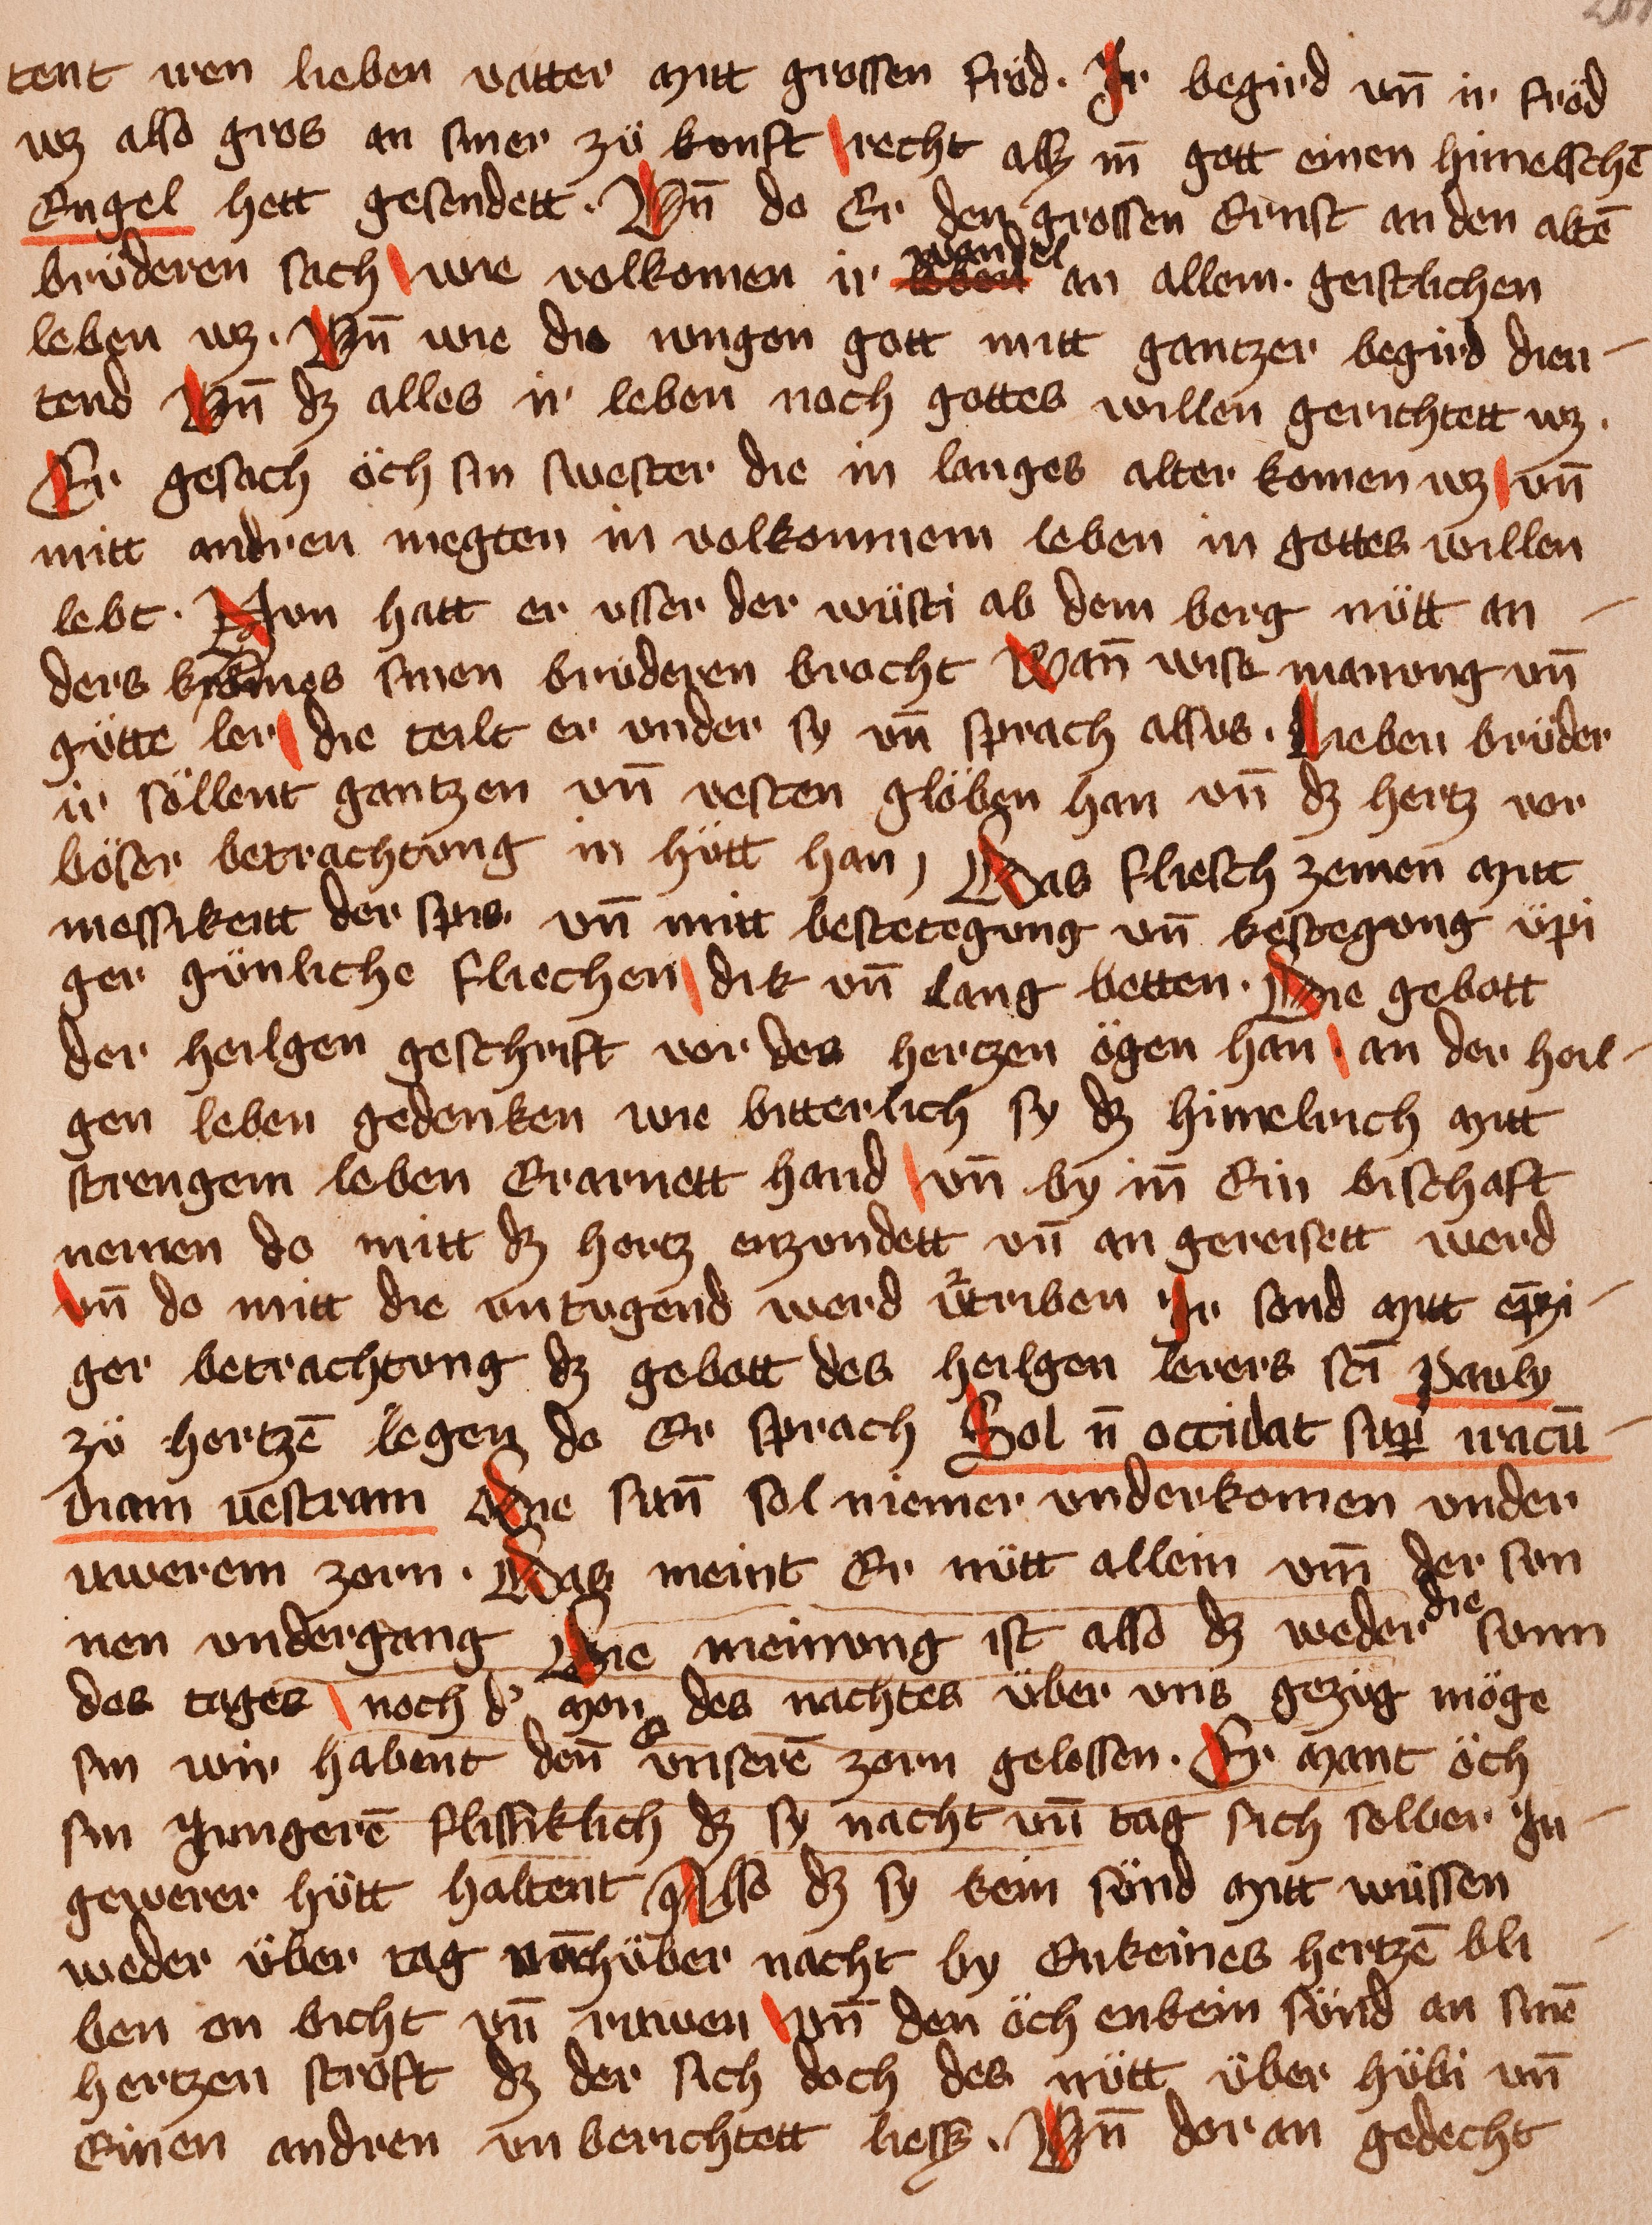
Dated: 1400–1449